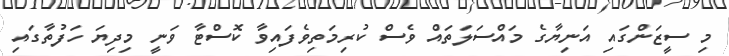
މި ސީޒަންގައި އަނިޔާގެ މައްސަލަތައް ވެސް ކުރިމަތިވެފައިވާ ކޮސްޓާ ވަނީ މިދިޔަ ހަފުތާގައި